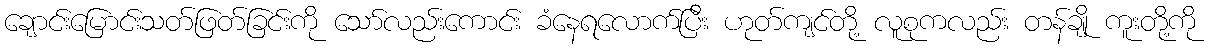
ချောင်းမြောင်းသတ်ဖြတ်ခြင်းကို သော်လည်းကောင်း ခံနေရလောက်ပြီး ဟုတ်ကျင်တို့ လူစုကလည်း တန်ချို ကူးတို့ကို